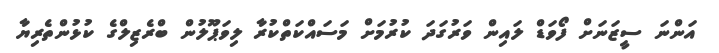
އަންނަ ސީޒަނަށް ފޯވަޑް ލައިން ވަރުގަދަ ކުރުމަށް މަސައްކަތްކުރާ ލިވަޕޫލުން ބްރެޒިލްގެ ކުޅުންތެރިޔާ